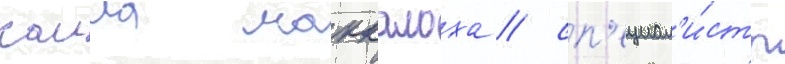
каила маккалоха / сп'ециал'и́сты